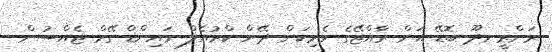
ރަންރީނދޫ ބޮޑޭ އަށް ރާއްޖޭގެ ވެރިކަން ދޭން ކްރުއެލް މައިންޑް ގޭމް ޖެއްސުން